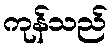
ကုန်သည်